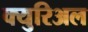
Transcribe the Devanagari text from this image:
क्युरिअल